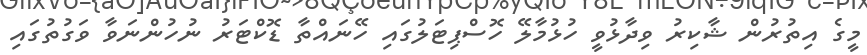
މީގެ އިތުރުން ޝާކިރު ވިދާޅުވީ ހުޅުމާލޭ ހޮސްޕިޓަލުގައި ހޭނައްތާ ޑޮކްޓަރު ނުހުންނަވާ ވަގުތުގައި